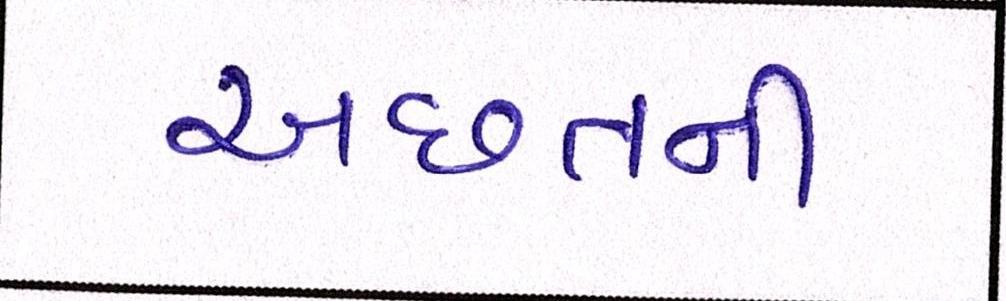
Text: અછતની